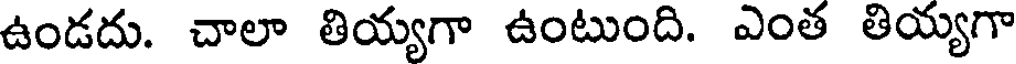
ఉండదు. చాలా తియ్యగా ఉంటుంది. ఎంత తియ్యగా